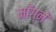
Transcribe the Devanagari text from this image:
माँग्ने